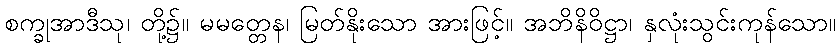
စက္ခုအာဒီသု၊ တို့၌။ မမတ္တေန၊ မြတ်နိုးသော အားဖြင့်။ အဘိနိဝိဋ္ဌာ၊ နှလုံးသွင်းကုန်သော။